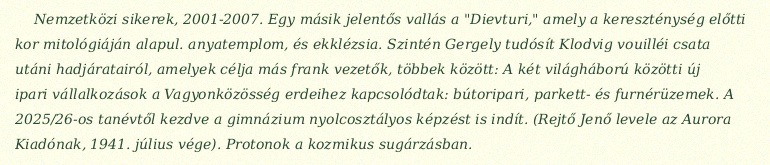
Nemzetközi sikerek, 2001-2007. Egy másik jelentős vallás a "Dievturi," amely a kereszténység előtti kor mitológiáján alapul. anyatemplom, és ekklézsia. Szintén Gergely tudósít Klodvig vouilléi csata utáni hadjáratairól, amelyek célja más frank vezetők, többek között: A két világháború közötti új ipari vállalkozások a Vagyonközösség erdeihez kapcsolódtak: bútoripari, parkett- és furnérüzemek. A 2025/26-os tanévtől kezdve a gimnázium nyolcosztályos képzést is indít. (Rejtő Jenő levele az Aurora Kiadónak, 1941. július vége). Protonok a kozmikus sugárzásban.